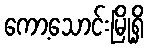
ကော့သောင်းမြို့ရှိ